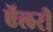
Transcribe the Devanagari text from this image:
ऍलरी